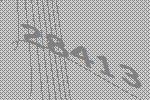
28413